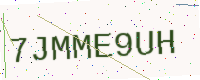
Text: 7JMME9UH